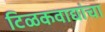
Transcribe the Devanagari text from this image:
टिळकवाद्यांचा